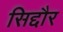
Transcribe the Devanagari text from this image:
सिद्दौर